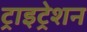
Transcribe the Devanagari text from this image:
ट्राइट्रेशन